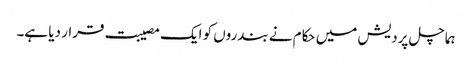
ہماچل پردیش میں حکام نے بندروں کو ایک مصیبت قرار دیا ہے۔